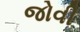
જોવી